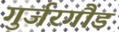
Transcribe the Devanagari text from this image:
गुर्जरगौड